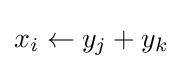
x_{i}\gets y_{j}+y_{k}